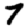
Digit: 7